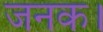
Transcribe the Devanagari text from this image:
जनक।